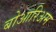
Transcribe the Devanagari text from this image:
बोआरिअम